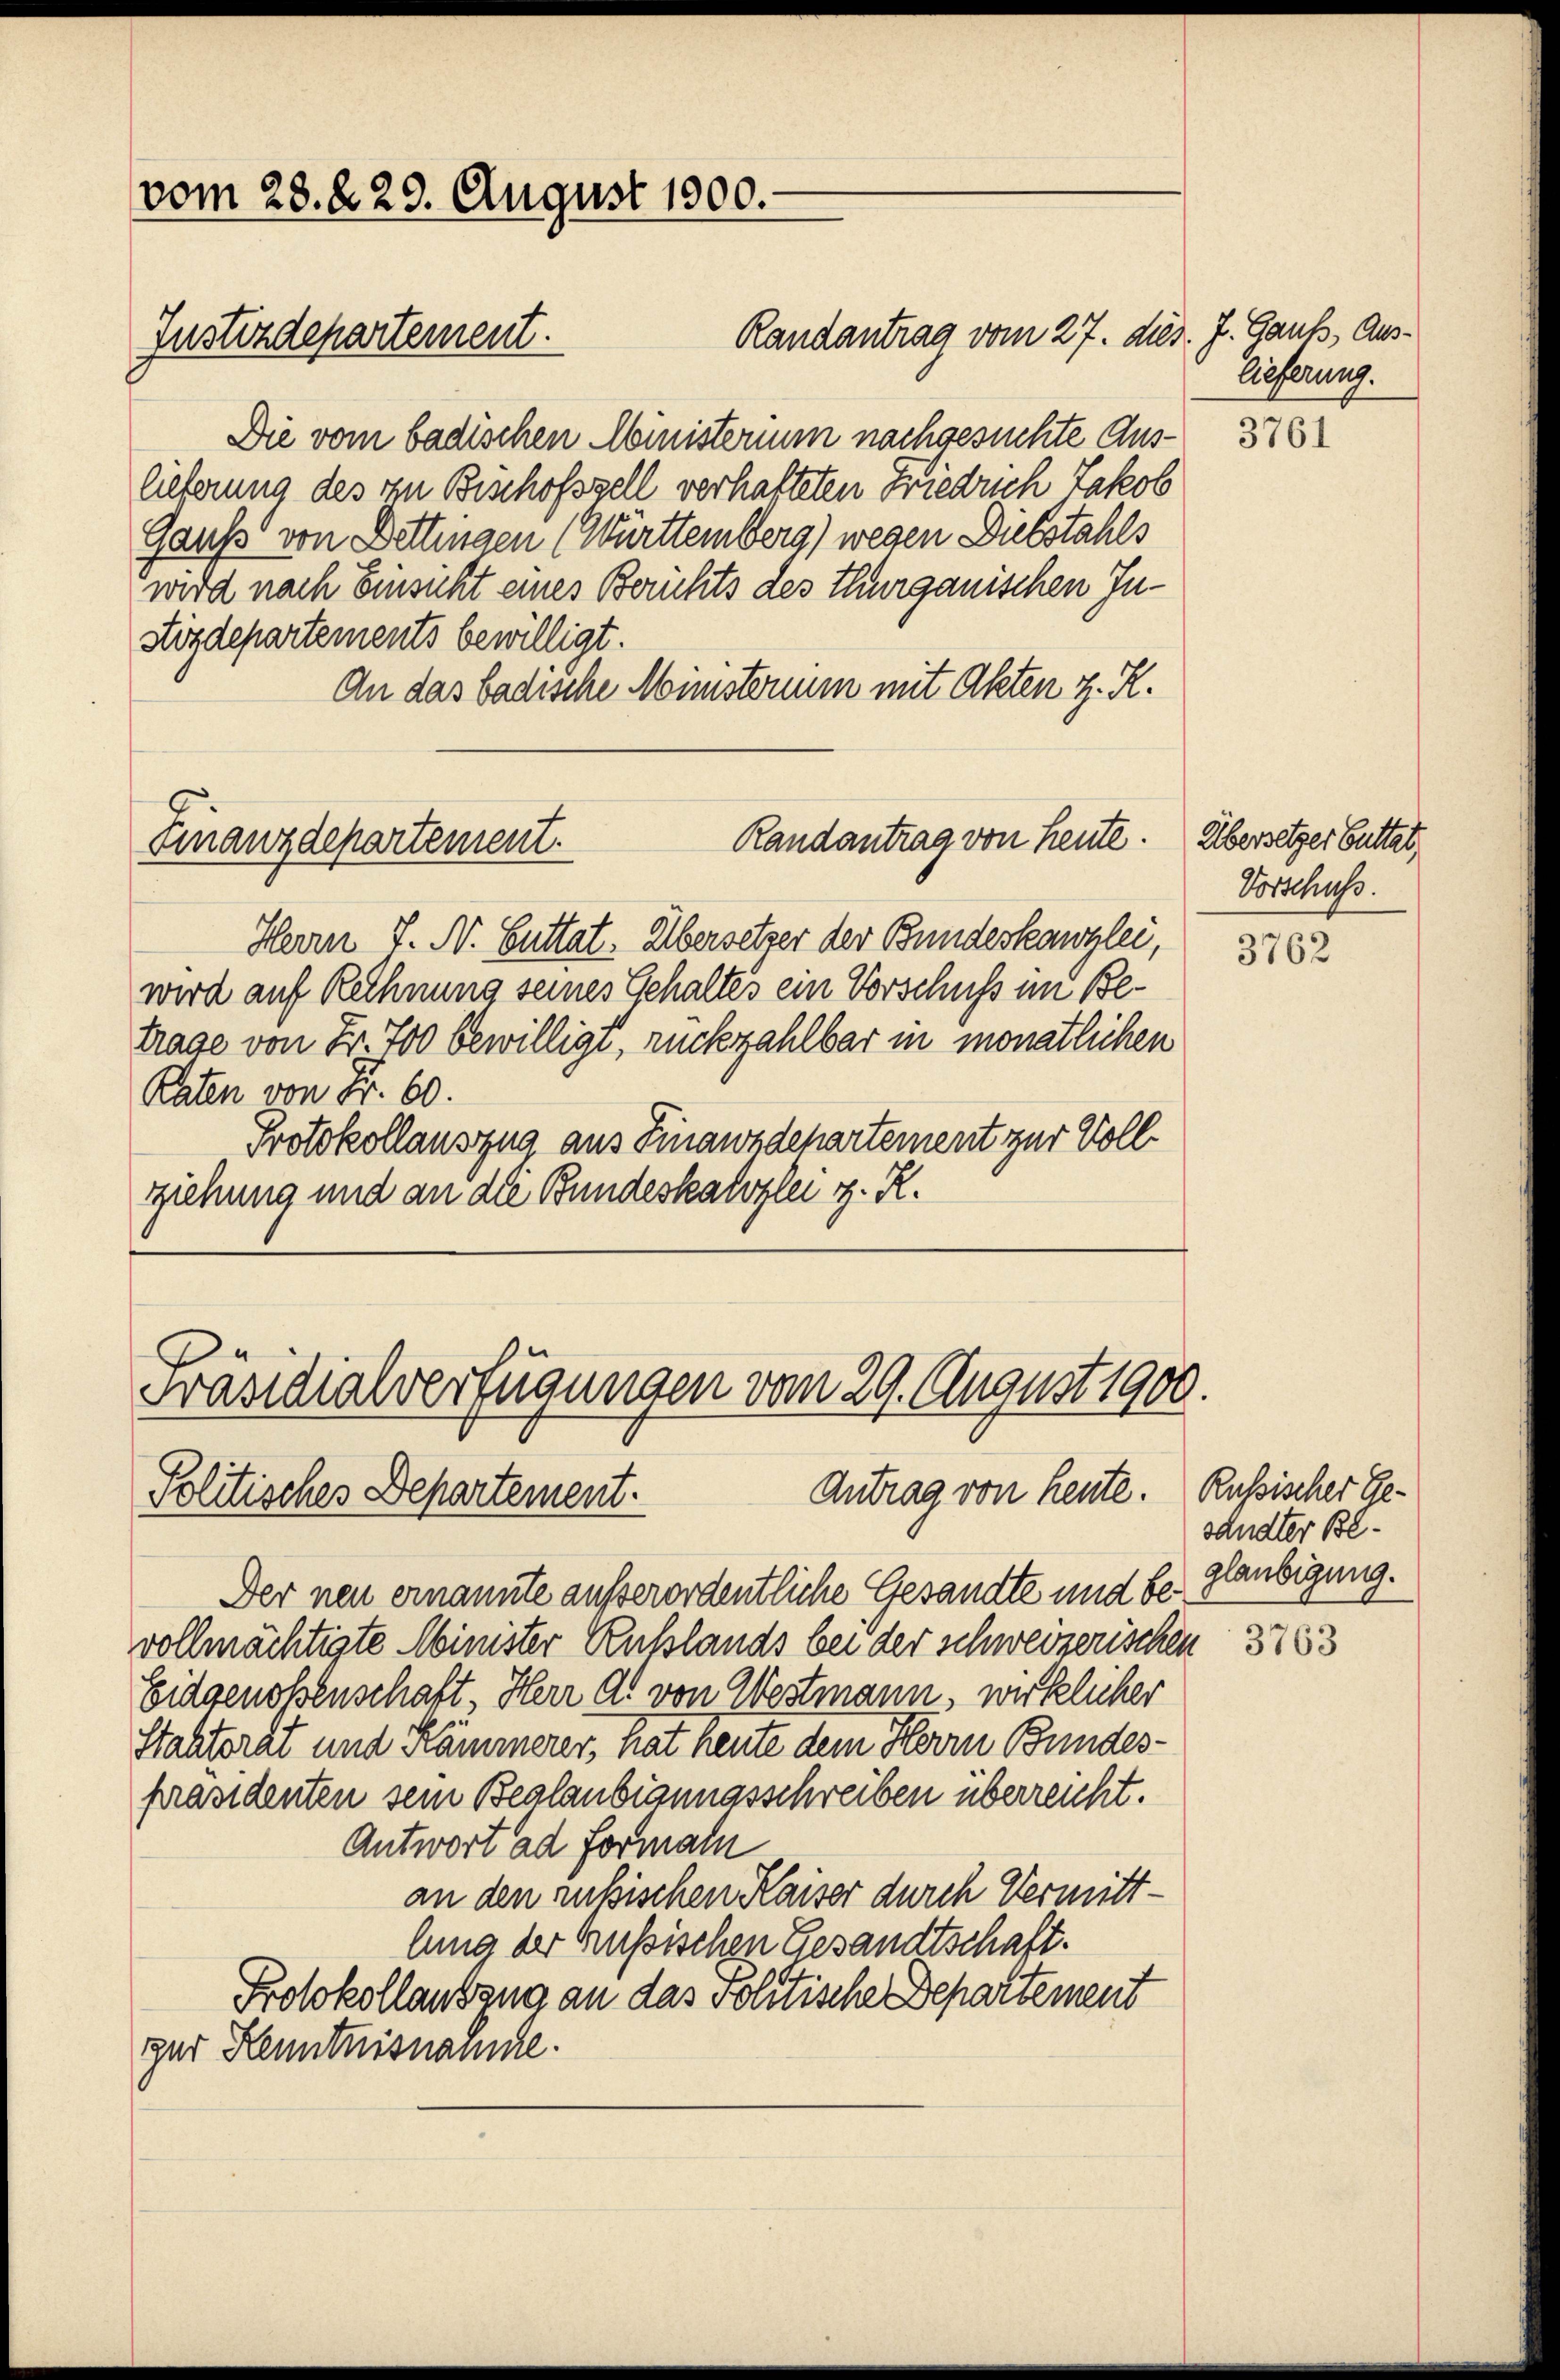
vom 28. d. 29. August 1900.

Randantrag vom 27. dies. J. Gauß, Aus¬
Die vom badischen Ministerium nachgesuchte Auslieferung des in Beschofszell verhafteten Friedrich Jakob
Gauß von Dettingen (Württemberg) wegen Diebstahls
wird nach Einsicht eines Berichts des Thurgauischen In¬
Sizdepartements bewilligt.
An das badische Ministerium mit Akten z. R.
Randantrag von heute. Übersetzer Buttat
Finanzdepartement.
Herrn J. N. Suttat. Übersetzer der Bundeskanzlei,
wird auf Rechnung seines Gehaltes ein Vorschuss im Betrage von Fr. 700 bewilligt, rückzahlbar in monatlichen
Raten von Fr. 60.
Protokollauszug aus Finanzdepartement zur Vollrziehung und an die Bundeskalozlei z. R.

Justizdepartement.

Präsidialverfügungen vom 29. August 1900.
Antrag von heute. Russischer Ge¬
Politisches Departement.

Der neu ernannte außerordentliche Gesandte und bevollmächtigte Minister Rußlands bei der schweizerischen
Eidgenoßenschaft, Herr A. von Westmann, wirklicher
Stahtorat und Kämmerer, hat heute dem Herrn Bundespräsidenten sein Beglaubigungsschreiben überreicht.
Antwort ad Formaln
an den russischen Kaiser durch Vermittlung der Rußischen Gesandtschaft.
Protokollausgna an das Politische Departement
zur Kenntnissance.

lieferung.

3761

Vorschuß.

3762

sandter Beglaubigung.

3763